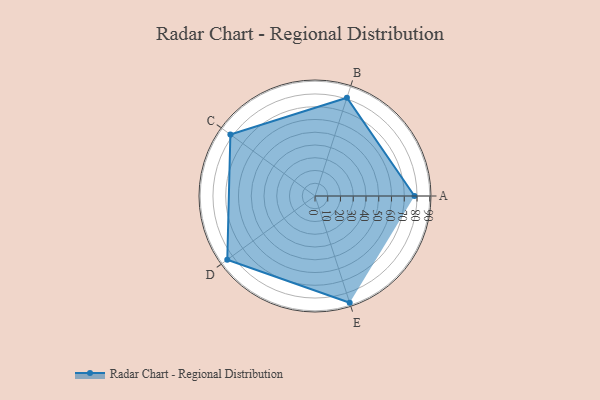
{"axis": {"x": "Skill", "y": "Score"}, "legend": ["Profile"], "data": [{"x": "A", "y": 78.0, "type": "Profile"}, {"x": "B", "y": 81.0, "type": "Profile"}, {"x": "C", "y": 82.0, "type": "Profile"}, {"x": "D", "y": 85.0, "type": "Profile"}, {"x": "E", "y": 88.0, "type": "Profile"}]}